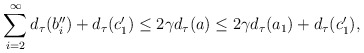
\begin{align*}\sum_{i=2}^\infty d_\tau(b_i'')+d_\tau(c_1')\leq 2\gamma d_\tau(a)\leq 2\gamma d_\tau(a_1)+d_\tau(c_1'),\end{align*}